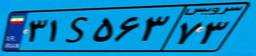
۳۱S۵۶۳۷۳